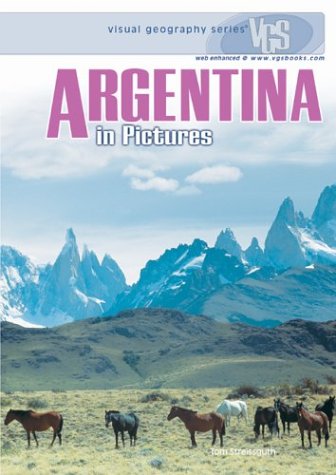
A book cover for Argentina in Pictures (Visual Geography (Twenty-First Century)); Thomas Streissguth; Teen & Young Adult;